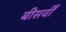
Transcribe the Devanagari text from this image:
बीसवीँ